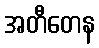
အတီတေန